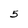
Character: 5